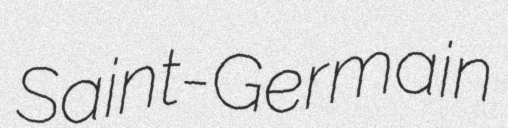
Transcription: Saint-Germain